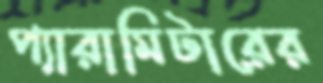
প্যারামিটারের